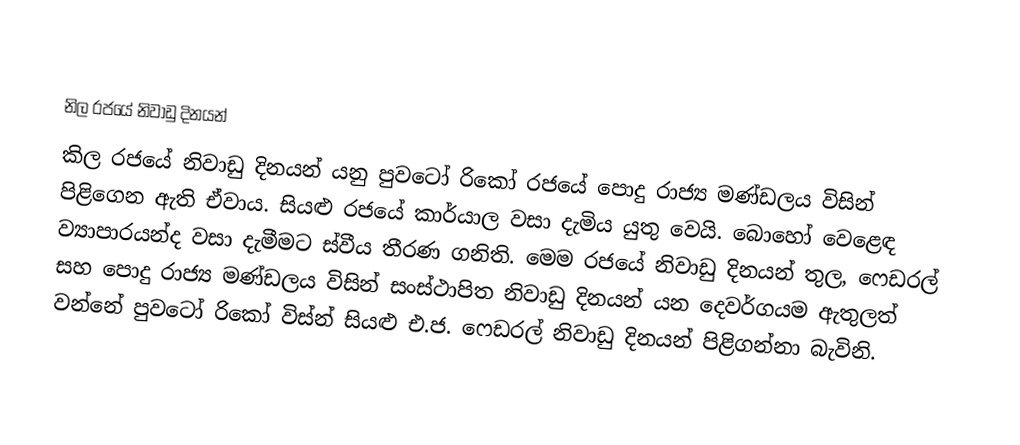

නිල රජයේ නිවාඩු දිනයන්
කිල රජයේ නිවාඩු දිනයන් යනු පුවටෝ රිකෝ රජයේ පොදු රාජ්‍ය මණ්ඩලය විසින් පිළිගෙන ඇති ඒවාය. සියළු රජයේ කාර්යාල වසා දැමිය යුතු වෙයි. බොහෝ වෙළෙඳ ව්‍යාපාරයන්ද වසා දැමීමට ස්වීය තීරණ ගනිති. මෙම රජයේ නිවාඩු දිනයන් තුල, ෆෙඩරල් සහ පොදු රාජ්‍ය මණ්ඩලය විසින් සංස්ථාපිත නිවාඩු දිනයන් යන දෙවර්ගයම ඇතුලත්  වන්නේ පුවටෝ රිකෝ විස්න් සියළු එ.ජ. ෆෙඩරල් නිවාඩු දිනයන් පිළිගන්නා බැවිනි.